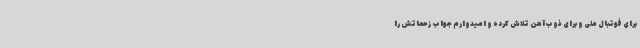
برای فوتبال ملی و برای ذوب‌آهن تلاش کرده و امیدوارم جواب زحماتش را